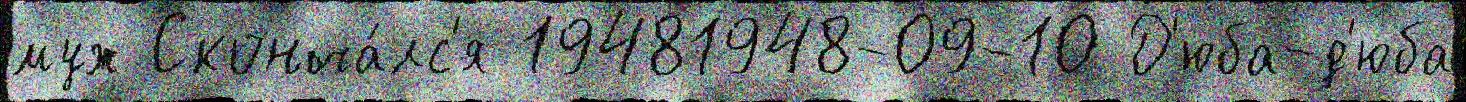
муж Сконча́лс'я 19481948-09-10 Д'юба-д'юба